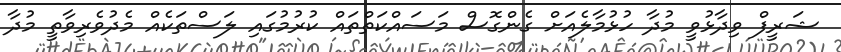
ޝަރީފް ވިދާޅުވީ މުދާ ހުޅުމާލެއަށް ގެންގޮސް މަސައްކަތްތައް ކުރުމުގައި ލަސްތަކެއް މެދުވެރިވާތީ މުދާ